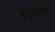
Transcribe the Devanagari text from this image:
बटाटाडा